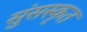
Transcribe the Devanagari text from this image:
सुंसस्कृत